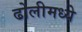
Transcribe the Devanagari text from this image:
ढोलीमध्ये